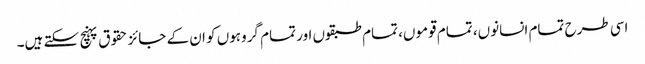
اسی طرح تمام انسانوں، تمام قوموں، تمام طبقوں اور تمام گروہوں کو ان کے جائز حقوق پہنچ سکتے ہیں۔